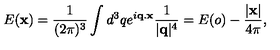
E ( { \bf x } ) = \frac { 1 } { ( 2 \pi ) ^ { 3 } } \int d ^ { 3 } q e ^ { i { \bf q . x } } \frac { 1 } { | { \bf q } | ^ { 4 } } = E ( o ) - \frac { | { \bf x } | } { 4 \pi } ,